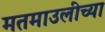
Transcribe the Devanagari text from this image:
मतमाउलीच्या